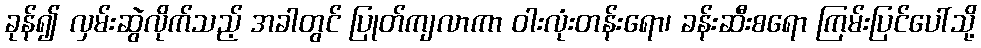
ခုန်၍ လှမ်းဆွဲလိုက်သည့် အခါတွင် ပြုတ်ကျလာကာ ဝါးလုံးတန်းရော၊ ခန်းဆီးစရော ကြမ်းပြင်ပေါ်သို့